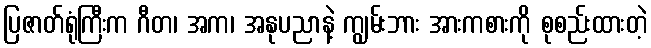
ပြဇာတ်ရုံကြီးက ဂီတ၊ အက၊ အနုပညာနဲ့ ကျွမ်းဘား အားကစားကို စုစည်းထားတဲ့